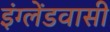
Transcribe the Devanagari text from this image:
इंग्लेंडवासी